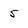
Character: 5